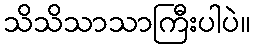
သိသိသာသာကြီးပါပဲ။